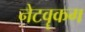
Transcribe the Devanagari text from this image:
नेटवॄकग